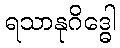
ရသာနုဂိဒ္ဓေါ